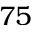
7 5